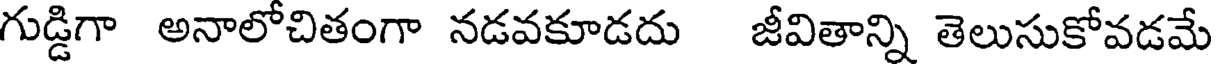
గుడ్డిగా అనాలోచితంగా నడవకూడదు జీవితాన్ని తెలుసుకోవడమే